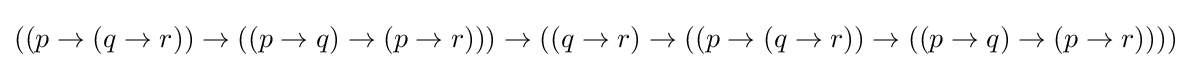
((p\to (q\to r))\to ((p\to q)\to (p\to r)))\to ((q\to r)\to ((p\to (q\to r))\to ((p\to q)\to (p\to r))))